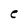
Character: e